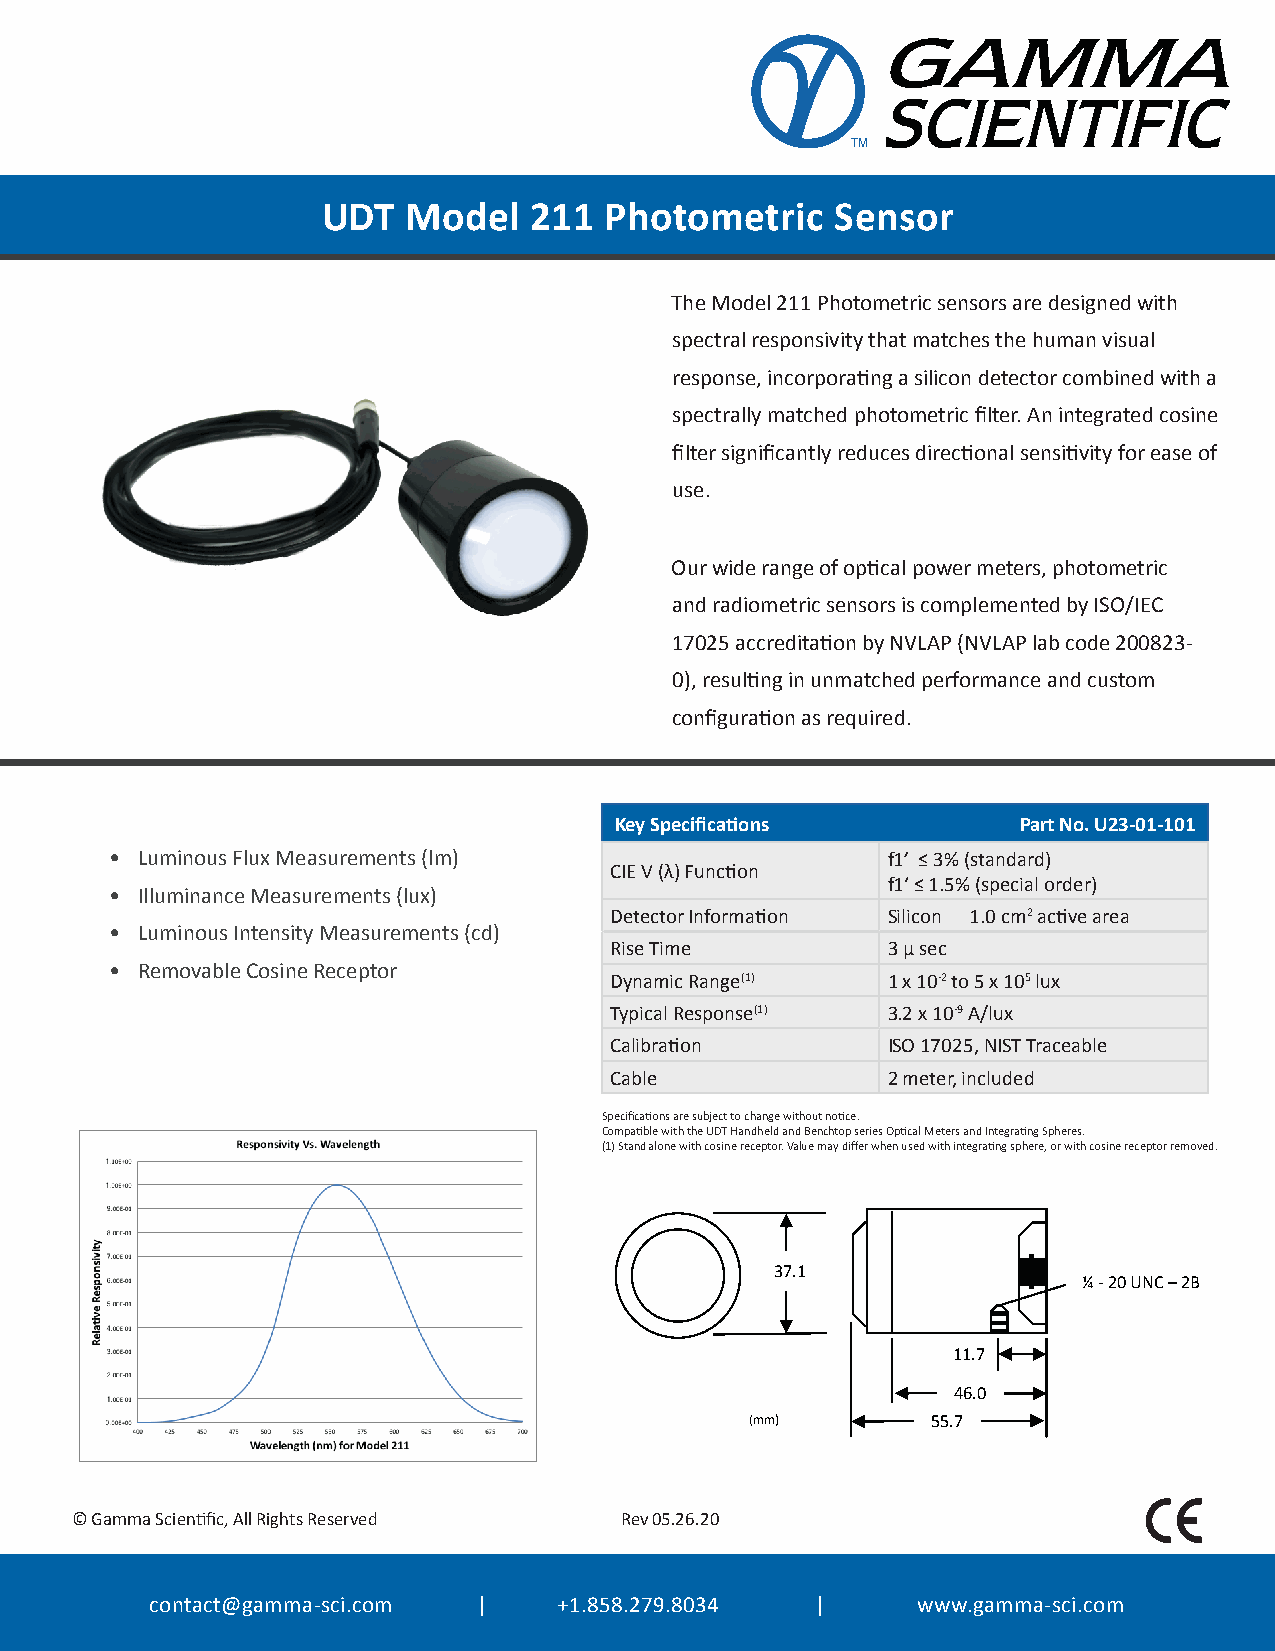
TM
 UDT   Model   211  Photometric    Sensor
 The Model 211 Photometric sensors are designed with
 spectral responsivity that matches the human visual
 response, incorporating a silicon detector combined with a
 spectrally matched photometric filter. An integrated cosine
 filter significantly reduces directional sensitivity for ease of
 use.
 Our wide range of optical power meters, photometric
 and radiometric sensors is complemented by ISO/IEC
 17025 accreditation by NVLAP (NVLAP lab code 200823-
 0), resulting in unmatched performance and custom
 configuration as required.
 Key Specifications         Part No. U23-01-101
 • Luminous Flux Measurements (lm)                   f1’ ≤ 3% (standard)
 CIE V (λ) Function
 f1‘ ≤ 1.5% (special order)
 • Illuminance Measurements (lux)
 Detector Information Silicon 1.0 cm2 active area
 • Luminous Intensity Measurements (cd)
 Rise Time          3 µ sec
 • Removable Cosine Receptor
 Dynamic Range(1)   1 x 10-2 to 5 x 105 lux
 Typical Response(1) 3.2 x 10-9 A/lux
 Calibration        ISO 17025, NIST Traceable
 Cable              2 meter, included
 Specifications are subject to change without notice.
 Compatible with the UDT Handheld and Benchtop series Optical Meters and Integrating Spheres.
 (1) Stand alone with cosine receptor. Value may differ when used with integrating sphere, or with cosine receptor removed.
 37.1
 ¼ -20 UNC –2B
 11.7
 46.0
 (mm)        55.7
 © Gamma Scientific, All Rights Reserved Rev 05.26.20
 contact@gamma-sci.com |    +1.858.279.8034  |      www.gamma-sci.com